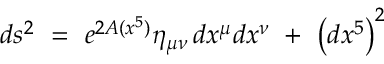
d s ^ { 2 } \ = \ e ^ { 2 A ( x ^ { 5 } ) } \eta _ { \mu \nu } \, d x ^ { \mu } d x ^ { \nu } \ + \ \left( d x ^ { 5 } \right) ^ { 2 }